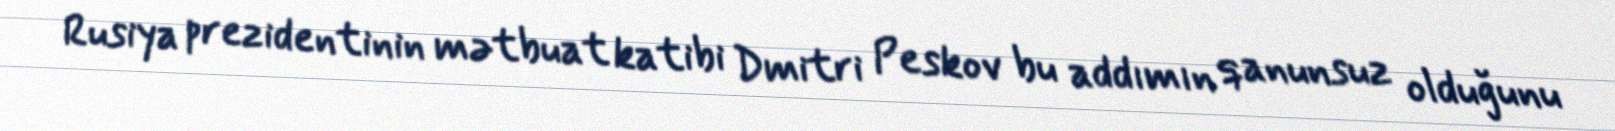
Rusiya prezidentinin mətbuat katibi Dmitri Peskov bu addımın qanunsuz olduğunu